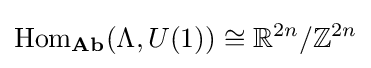
{\text{Hom}}_{\textbf {Ab}}(\Lambda ,U(1))\cong \mathbb {R} ^{2n}/\mathbb {Z} ^{2n}